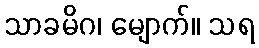
သာခမိဂ၊ မျောက်။ သရ